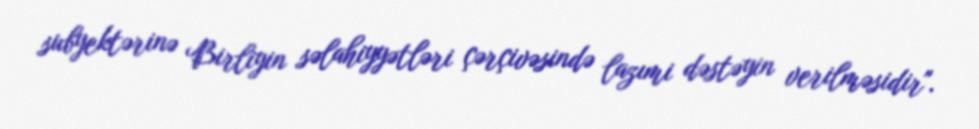
subyektərinə Birliyin səlahiyyətləri çərçivəsində lazımi dəstəyin verilməsidir".